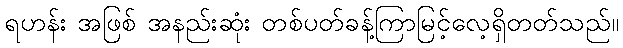
ရဟန်း အဖြစ် အနည်းဆုံး တစ်ပတ်ခန့်ကြာမြင့်လေ့ရှိတတ်သည်။